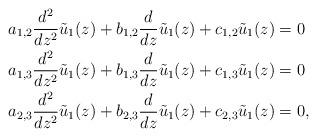
LaTeX: \begin{align*}a_{1,2} \frac{d^2}{dz^2}\tilde u_1(z)+b_{1,2} \frac{d}{dz}\tilde u_1(z)+c_{1,2}\tilde u_1(z)&=0 \\a_{1,3} \frac{d^2}{dz^2}\tilde u_1(z)+b_{1,3} \frac{d}{dz}\tilde u_1(z)+c_{1,3}\tilde u_1(z)&=0 \\a_{2,3} \frac{d^2}{dz^2}\tilde u_1(z)+b_{2,3} \frac{d}{dz}\tilde u_1(z)+c_{2,3}\tilde u_1(z)&=0,\end{align*}